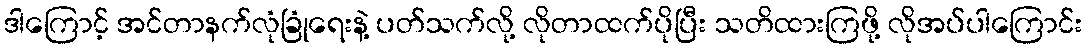
ဒါကြောင့် အင်တာနက်လုံခြုံရေးနဲ့ ပတ်သက်လို့ လိုတာထက်ပိုပြီး သတိထားကြဖို့ လိုအပ်ပါကြောင်း